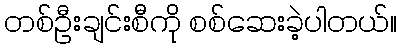
တစ်ဦးချင်းစီကို စစ်ဆေးခဲ့ပါတယ်။